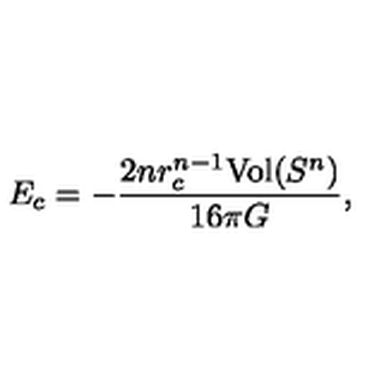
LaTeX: E _ { c } = - \frac { 2 n r _ { c } ^ { n - 1 } \mathrm { V o l } ( S ^ { n } ) } { 1 6 \pi G } ,